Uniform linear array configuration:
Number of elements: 32
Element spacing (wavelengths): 1
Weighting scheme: hamming
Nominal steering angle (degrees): -60
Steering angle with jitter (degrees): -59.116
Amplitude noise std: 0.05
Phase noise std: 0.05

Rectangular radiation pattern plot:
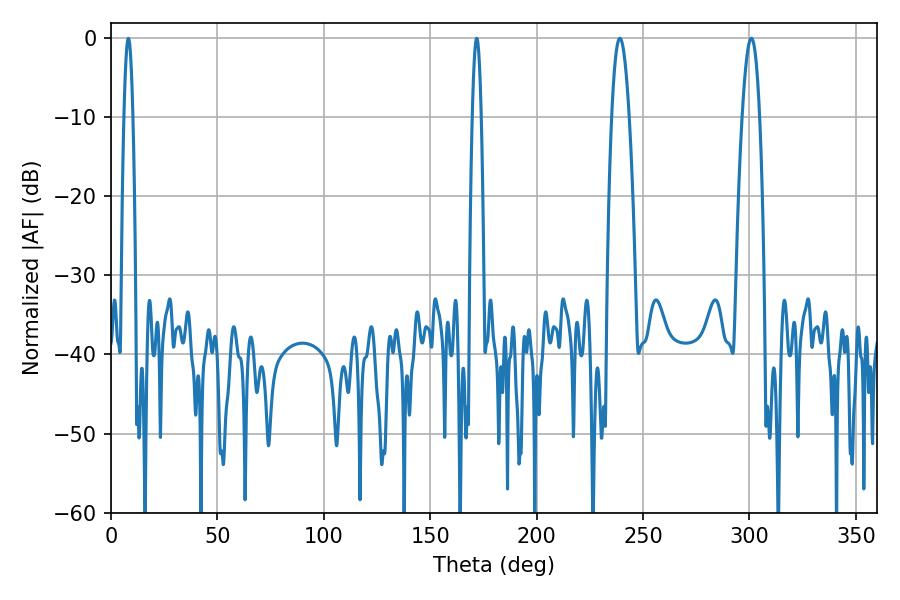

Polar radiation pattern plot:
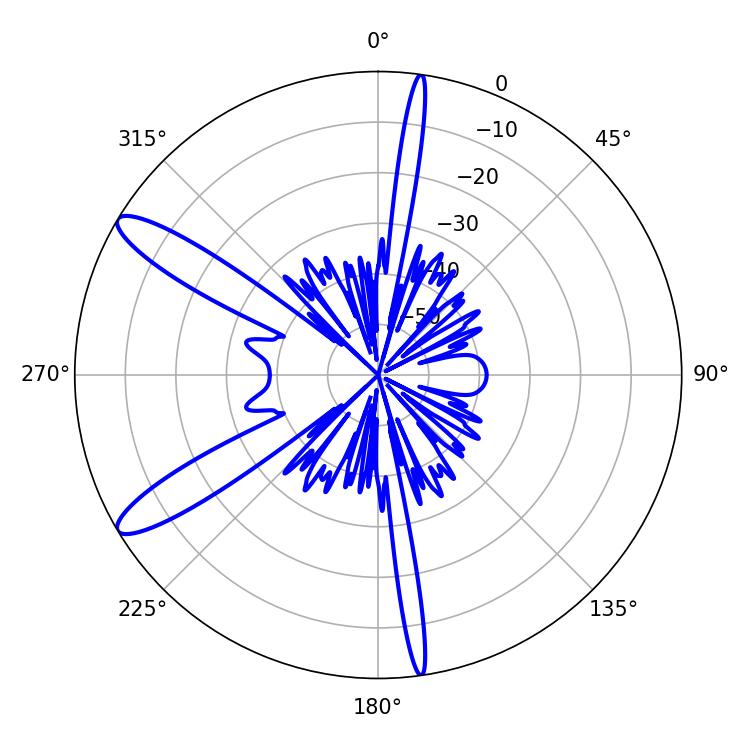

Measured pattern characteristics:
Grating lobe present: TRUE
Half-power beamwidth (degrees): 4.5
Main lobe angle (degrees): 300.96